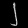
Digit: ၂